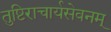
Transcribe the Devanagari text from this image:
तुष्टिराचार्यसेवनम्